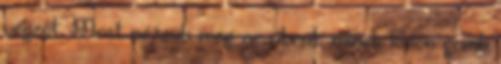
végzőt. Most nézzük meg az ábrát: minek külön gomb